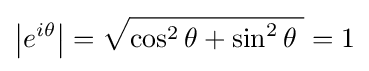
\left|e^{i\theta }\right|={\sqrt {\cos ^{2}{\theta }+\sin ^{2}{\theta }\;}}=1